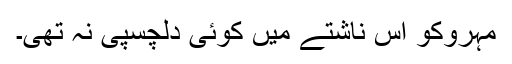
مہروکو اس ناشتے میں کوئی دلچسپی نہ تھی۔